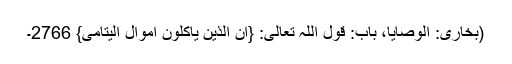
(بخاری: الوصایا، باب: قول اللہ تعالیٰ: {ان الذین یاکلون اموال الیتامی} 2766۔